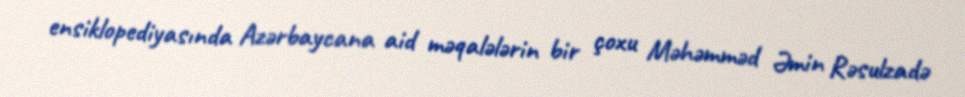
ensiklopediyasında Azərbaycana aid məqalələrin bir çoxu Məhəmməd Əmin Rəsulzadə